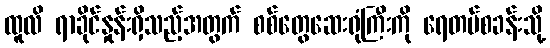
ထူလိ ရာခိုင်နှုန်းရှိသည့်အတွက် စစ်တွေဆေးရုံကြီးကို ရေတပ်စခန်းသို့